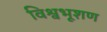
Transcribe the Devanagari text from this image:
विश्वभूशण